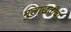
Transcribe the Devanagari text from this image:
मुलाखतीचा